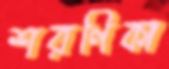
শরণিকা